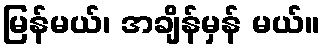
မြန်မယ်၊ အချိန်မှန် မယ်။